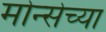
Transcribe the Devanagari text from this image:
मोन्सेच्या